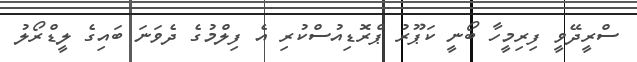
ސްރީދޭވީ ފިރިމީހާ ބޯނީ ކަޕޫރު ޕްރޮޑިއުސްކުރި އެ ފިލްމުގެ ދެވަނަ ބައިގެ ލީޑްރޯލު